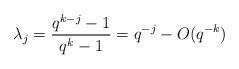
LaTeX: \begin{align*}\lambda_j = \frac{q^{k-j}-1}{q^{k}-1}= q^{-j} - O(q^{-k})\end{align*}